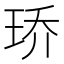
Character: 𮴓